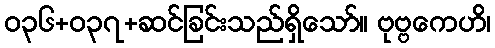
၀၃၆+၀၃၇+ဆင်ခြင်းသည်ရှိသော်။ ဗုဗ္ဗကေဟိ၊